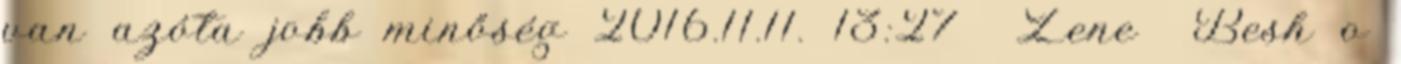
van azóta jobb minőség 2016.11.11. 13:27 Zene Besh o